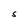
Character: S